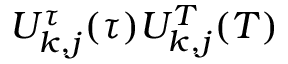
U _ { k , j } ^ { \tau } ( \tau ) U _ { k , j } ^ { T } ( T )